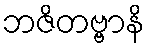
ဘဇိတဗ္ဗာနိ